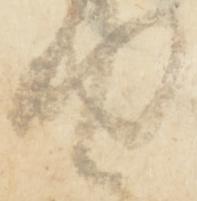
仲